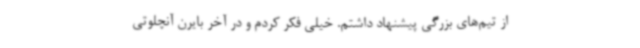
از تیم‌های بزرگی پیشنهاد داشتم. خیلی فکر کردم و در آخر بایرن آنچلوتی